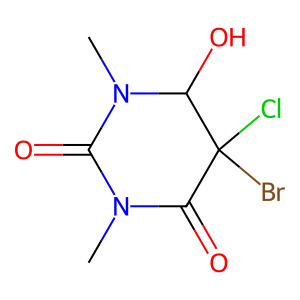
SMILES: CN1C(=O)N(C)C(O)C(Cl)(Br)C1=O
Inhibits HIV replication: No